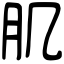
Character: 肌